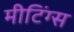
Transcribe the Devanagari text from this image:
मीटिंग्स